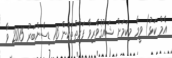
އެމް ކަޅު) ވީމާ މިކަމަށް ޝައުޤުވެރިވާ ފަރާތްތަކުން 16 ޑިސެންބަރު 2015 ވާ